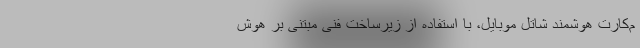
م‌کارت هوشمند شاتل موبایل، با استفاده از زیرساخت فنی مبتنی بر هوش